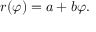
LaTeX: r ( \varphi ) = a + b \varphi .